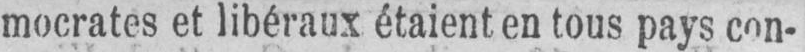
mocrates et libéraux étaient en tous pays con-